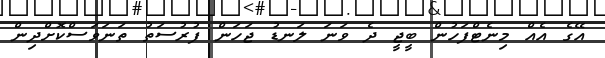
އޭގެ އެއް މިނެޓްފަހުން ބީޖީ ދެ ވަނަ ލަނޑު ޖަހަން ފުރުސަތު ތަނަވަސްކޮށްދިން